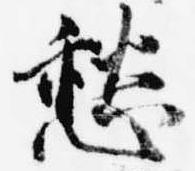
愁